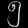
Digit: ၅